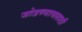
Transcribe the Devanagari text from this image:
जोडण्यायसाठी